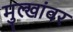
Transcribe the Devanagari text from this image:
मुल्खांवर